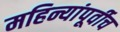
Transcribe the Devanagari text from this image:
महिन्यांपूर्वीच